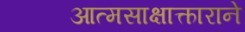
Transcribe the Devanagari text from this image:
आत्मसाक्षात्काराने